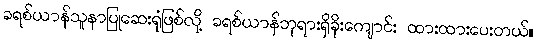
ခရစ်ယာန်သူနာပြုဆေးရုံဖြစ်လို့ ခရစ်ယာန်ဘုရားရှိခိုးကျောင်း ထားထားပေးတယ်။